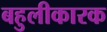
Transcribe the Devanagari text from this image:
बहुलीकारक